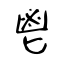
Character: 鬯